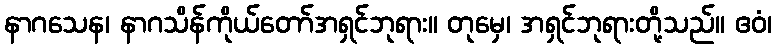
နာဂသေန၊ နာဂသိန်ကိုယ်တော်အရှင်ဘုရား။ တုမှေ၊ အရှင်ဘုရားတို့သည်။ ဧဝံ၊